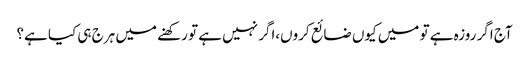
آج اگر روزہ ہے تو میں کیوں ضائع کروں،اگر نہیں ہے تو رکھنے میں ہرج ہی کیا ہے؟